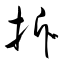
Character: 拆